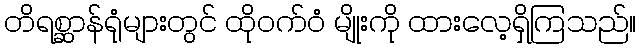
တိရစ္ဆာန်ရုံများတွင် ထိုဝက်ဝံ မျိုးကို ထားလေ့ရှိကြသည်။